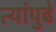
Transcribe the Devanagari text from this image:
त्यांपुढे